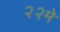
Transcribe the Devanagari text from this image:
२२मे